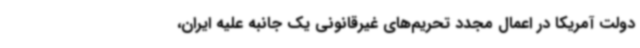
دولت آمریکا در اعمال مجدد تحریم‌های غیرقانونی یک جانبه علیه ایران،